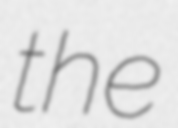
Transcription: the